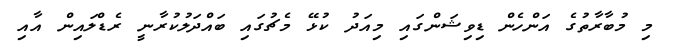
މި މުބާރާތުގެ އަންހެން ޑިވިޝަންގައި މިއަދު ކުޅޭ މެޗުގައި ބައްދަލުކުރާނީ ރެޑްލައިން އާއި